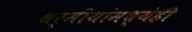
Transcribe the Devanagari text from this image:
धर्मीयांमध्येही